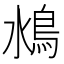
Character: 𩾼